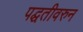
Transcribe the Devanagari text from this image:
पद्घतीवरुन